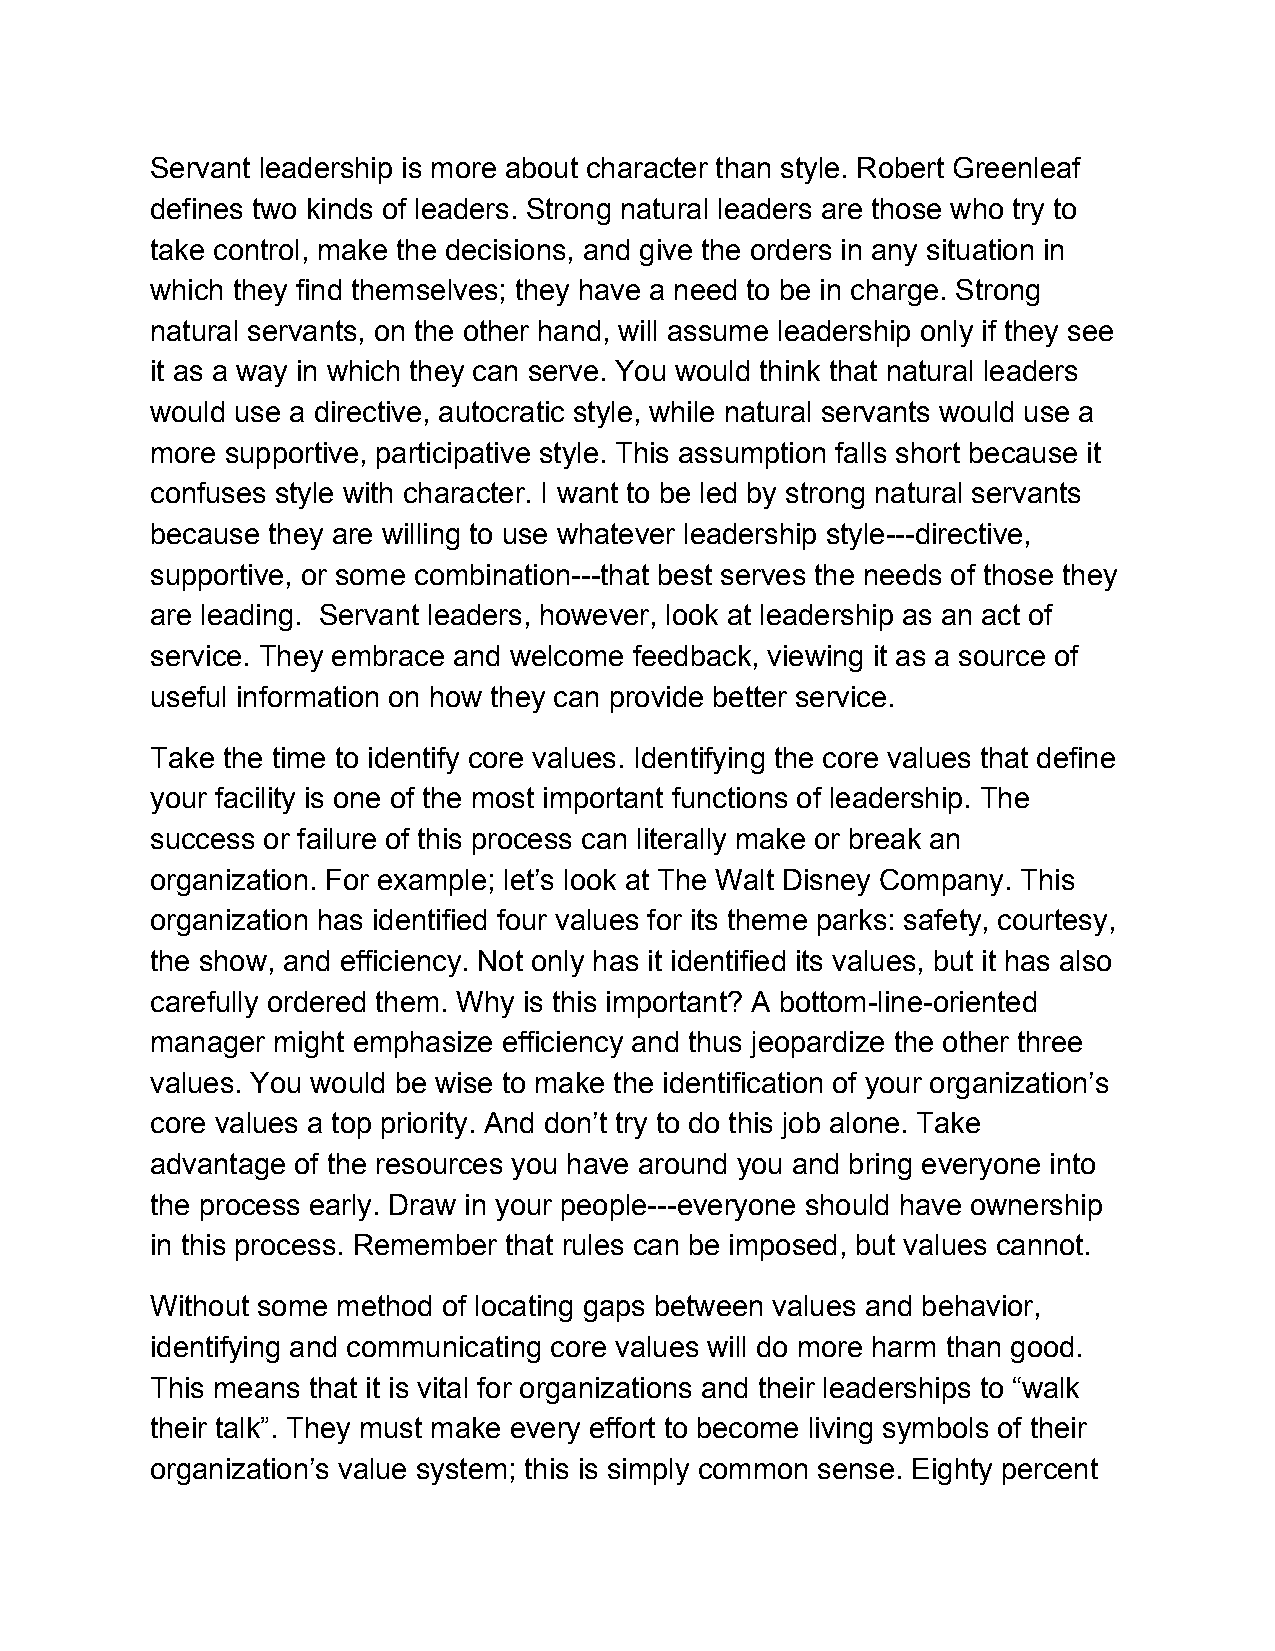
Servant leadership is more about character than style. Robert Greenleaf
 defines two kinds of leaders. Strong natural leaders are those who try to
 take control, make the decisions, and give the orders in any situation in
 which they find themselves; they have a need to be in charge. Strong
 natural servants, on the other hand, will assume leadership only if they see
 it as a way in which they can serve. You would think that natural leaders
 would use a directive, autocratic style, while natural servants would use a
 more supportive, participative style. This assumption falls short because it
 confuses style with character. I want to be led by strong natural servants
 because they are willing to use whatever leadership style---directive,
 supportive, or some combination---that best serves the needs of those they
 are leading. Servant leaders, however, look at leadership as an act of
 service. They embrace and welcome feedback, viewing it as a source of
 useful information on how they can provide better service.
 Take the time to identify core values. Identifying the core values that define
 your facility is one of the most important functions of leadership. The
 success or failure of this process can literally make or break an
 organization. For example; let’s look at The Walt Disney Company. This
 organization has identified four values for its theme parks: safety, courtesy,
 the show, and efficiency. Not only has it identified its values, but it has also
 carefully ordered them. Why is this important? A bottom-line-oriented
 manager might emphasize efficiency and thus jeopardize the other three
 values. You would be wise to make the identification of your organization’s
 core values a top priority. And don’t try to do this job alone. Take
 advantage of the resources you have around you and bring everyone into
 the process early. Draw in your people---everyone should have ownership
 in this process. Remember that rules can be imposed, but values cannot.
 Without some method of locating gaps between values and behavior,
 identifying and communicating core values will do more harm than good.
 This means that it is vital for organizations and their leaderships to “walk
 their talk”. They must make every effort to become living symbols of their
 organization’s value system; this is simply common sense. Eighty percent